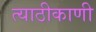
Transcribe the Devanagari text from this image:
त्याठीकाणी